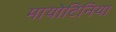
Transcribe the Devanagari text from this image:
मायोटिनिया